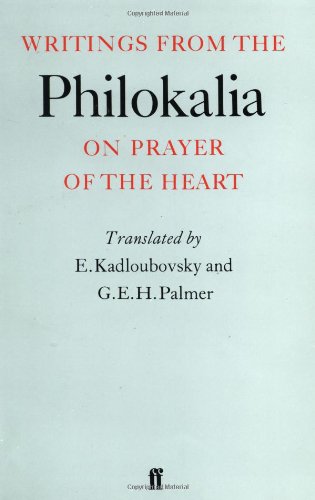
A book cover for Writings from the Philokalia: On Prayer of the Heart; Christian Books & Bibles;